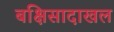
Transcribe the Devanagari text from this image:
बक्षिसादाखल